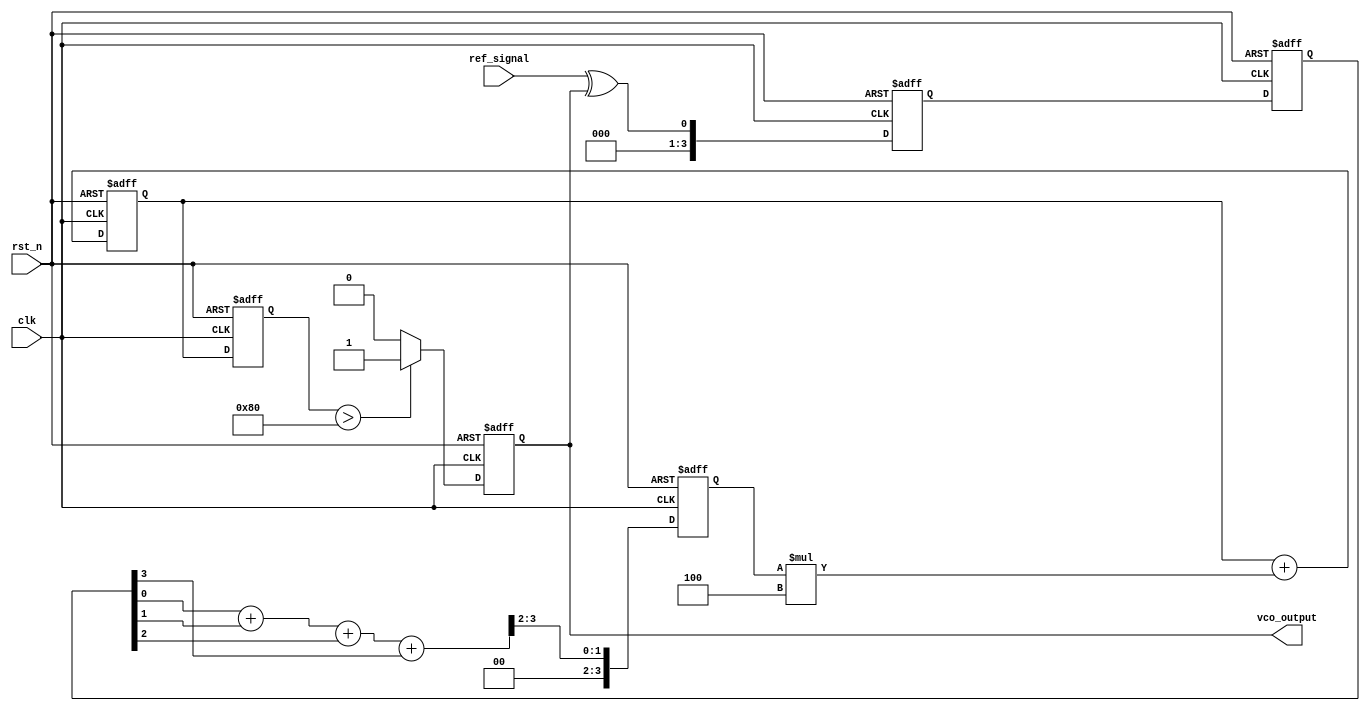
module MemoryBlocksPLL(
    input wire clk,                // System clock
    input wire rst_n,              // Active low reset
    input wire ref_signal,         // Reference input signal
    output reg vco_output          // Output signal from VCO
);

    // Parameters
    parameter MEMORY_SIZE = 16;    // Size of the memory block
    parameter FILTER_COEFF = 4;     // Coefficient for loop filter

    // Internal signals
    reg [MEMORY_SIZE-1:0] phase_memory; // Memory block for phase error
    reg [3:0] phase_error;          // Phase error signal
    reg [7:0] control_voltage;       // Control voltage for VCO
    reg [7:0] vco_frequency;         // Frequency control for VCO
    reg [3:0] filter_output;         // Filter output

    // Phase Detector (PD)
    always @(posedge clk or negedge rst_n) begin
        if (!rst_n) begin
            phase_error <= 0;
        end else begin
            // Simple phase comparison logic (XOR for demonstration)
            phase_error <= ref_signal ^ vco_output;
        end
    end

    // Memory Block
    always @(posedge clk or negedge rst_n) begin
        if (!rst_n) begin
            phase_memory <= 0;
        end else begin
            // Store phase error in memory (simple circular buffer)
            phase_memory <= {phase_memory[MEMORY_SIZE-2:0], phase_error};
        end
    end

    // Loop Filter (LF)
    always @(posedge clk or negedge rst_n) begin
        if (!rst_n) begin
            filter_output <= 0;
            control_voltage <= 0;
        end else begin
            // Simple moving average filter
            filter_output <= (phase_memory[0] + phase_memory[1] + phase_memory[2] + phase_memory[3]) >> 2;
            control_voltage <= control_voltage + (filter_output * FILTER_COEFF);
        end
    end

    // Voltage-Controlled Oscillator (VCO)
    always @(posedge clk or negedge rst_n) begin
        if (!rst_n) begin
            vco_frequency <= 0;
            vco_output <= 0;
        end else begin
            // Simple VCO model (frequency control)
            vco_frequency <= control_voltage; // Control frequency based on voltage
            vco_output <= (vco_frequency > 128) ? 1 : 0; // Output signal based on frequency
        end
    end

endmodule